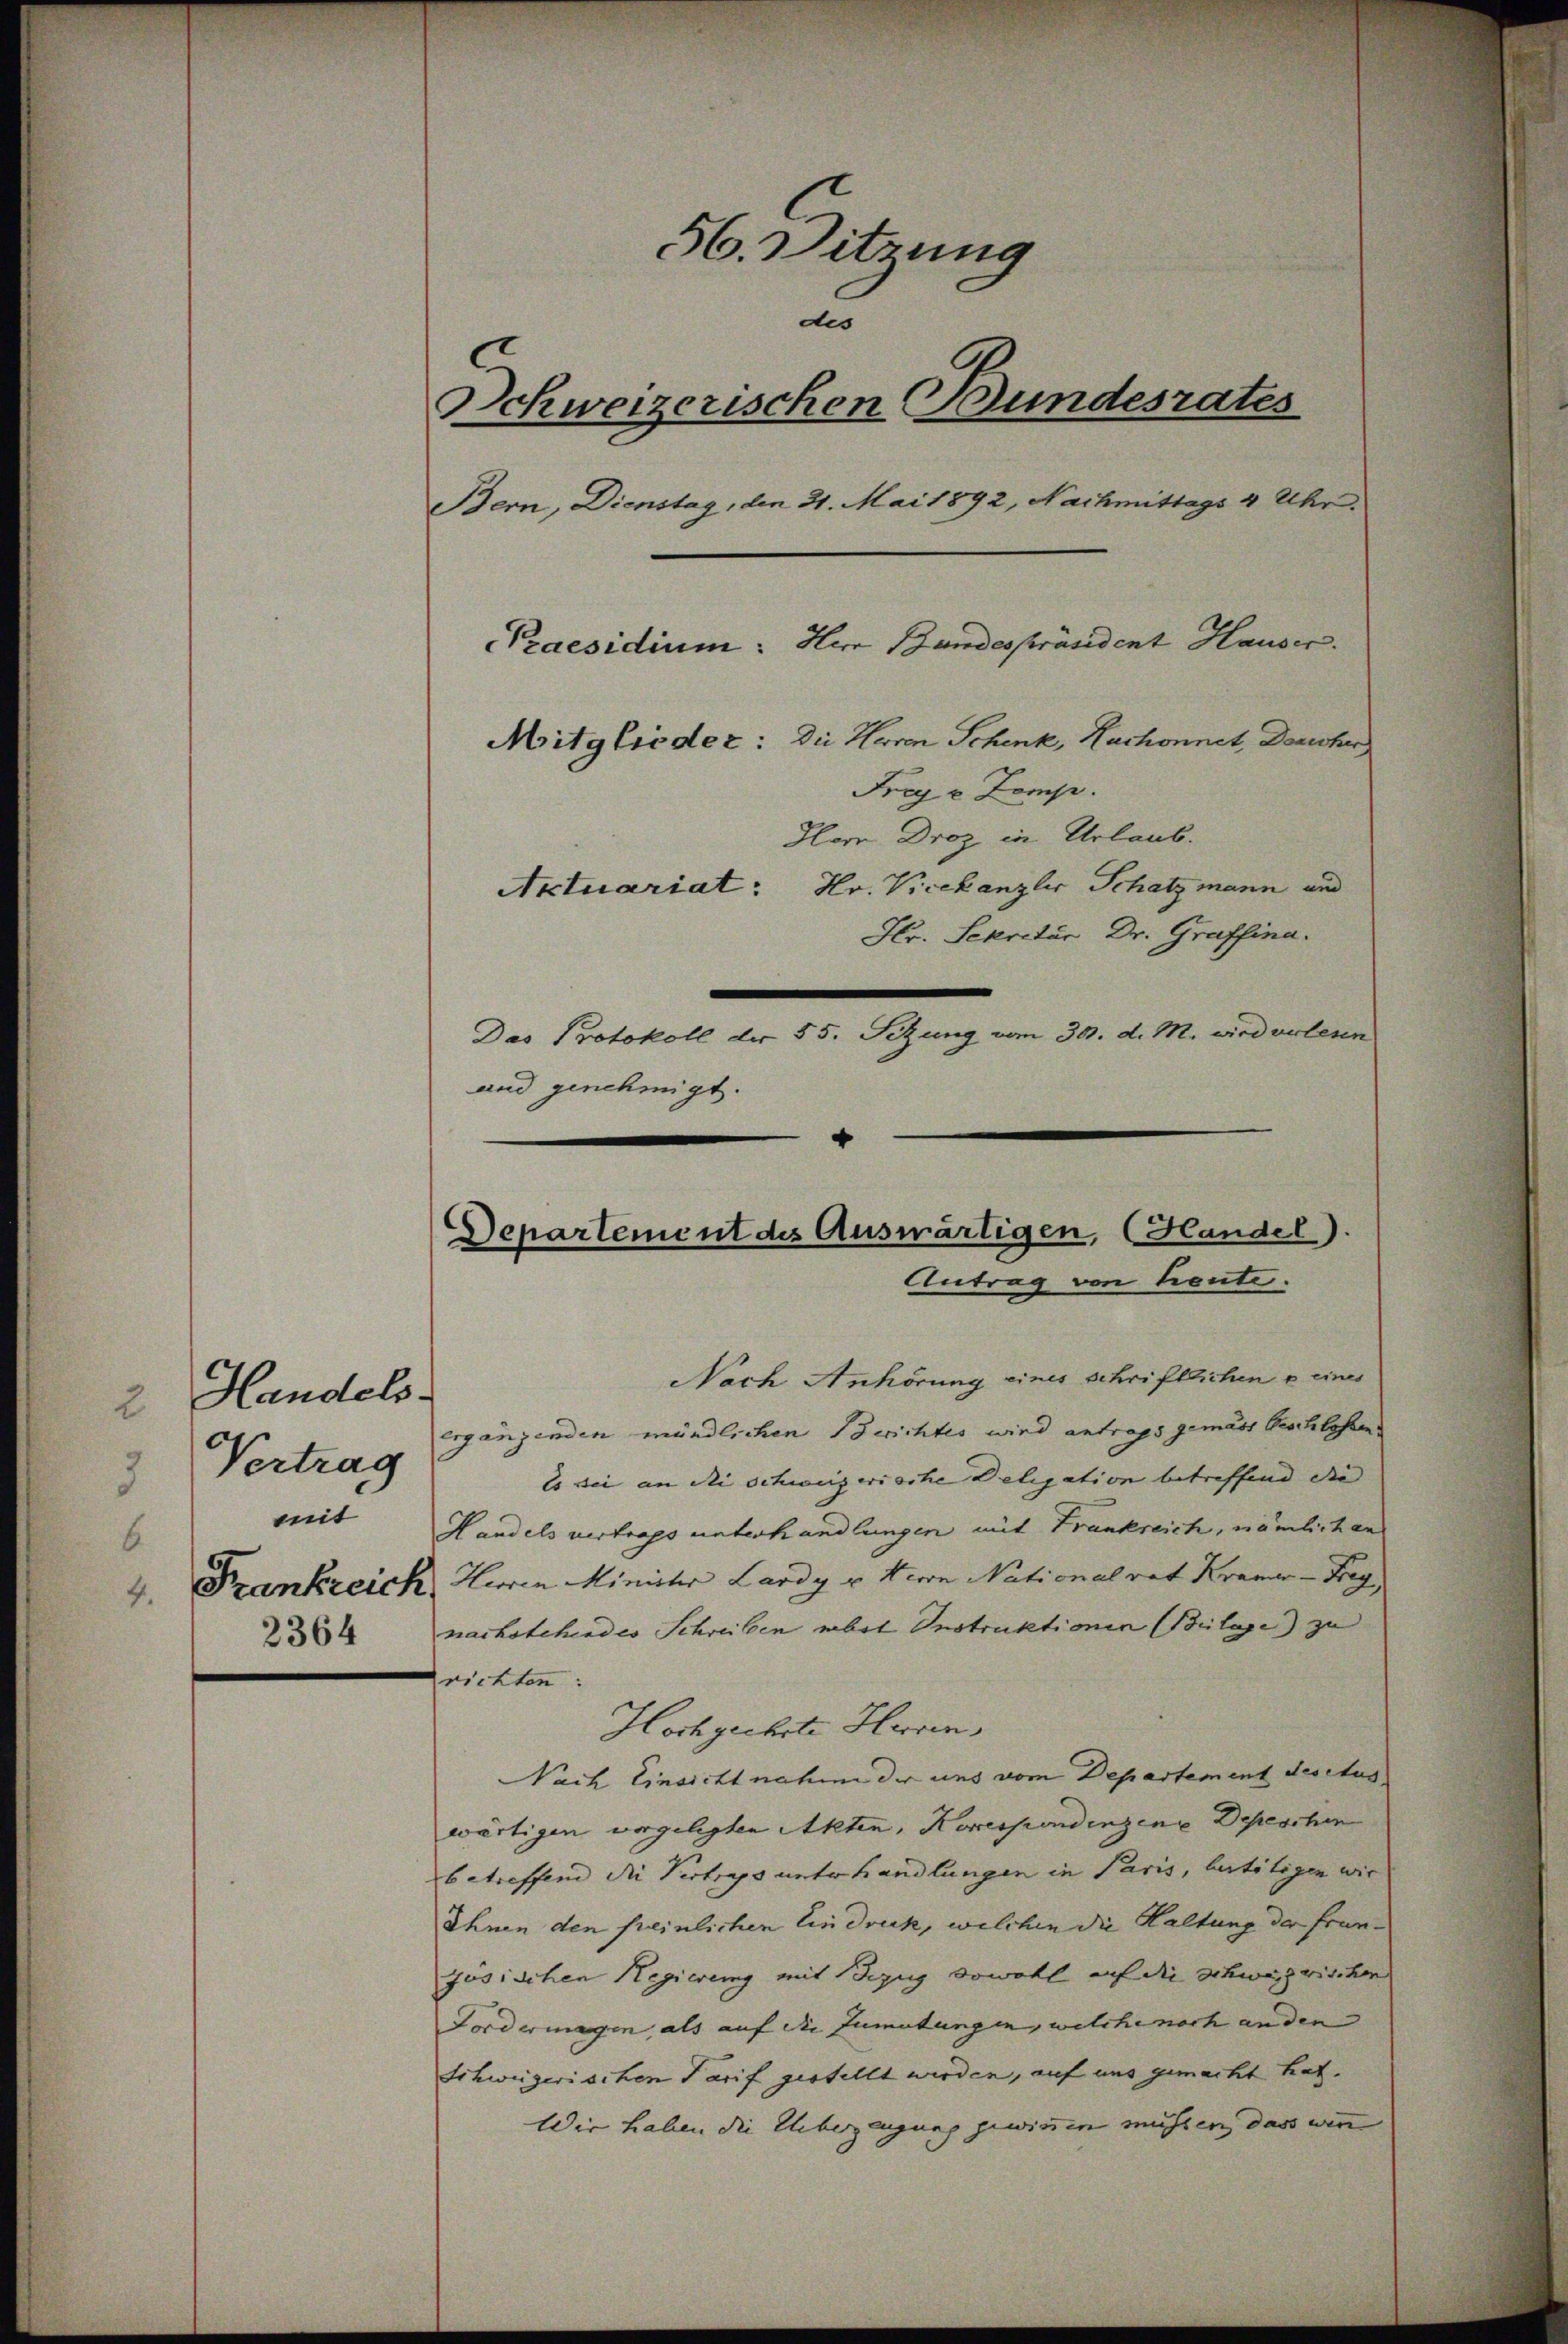
Handels-
2
Vertrag
 mit
2364

56. Sitzung
dis
Schweizerischen Bundesrates
Bern, Dienstag, den 21. Mai 1892, Nachmittags 4 Uhr.
Praesidium: Herr Bundespräsident Hauser.
Mitglieder: Die Heren Schenk, Huchonnet, Dornher
Fraj u Komp.
Herr Droz in Urlaub.
Actuariat: Hr. Vicekanzler Schatzmann und
Hr. Sekretär Dr. Graffina.
Das Protokoll der 55. Setzung vom 30. d. M. wird verlesen

und genehmigt.

4
Departement des Auswärtigen, Handel).

Antrag von heute.
Nach Anhörung eines schriftlichen u eines
Ergänzenden mündlichen wichtes wird antrags gemäss beschlosen
Es sei an die schweizerische Deligation betreffend die |
Handels vertrags unterhandlungen mit Frankreich, nämlichen
4. Frankreich, Herrn Minister Lardy u. Herrn Nationalrat Kramer - Frag
nachstehendes Schreiben mit Instruktionen Beilage zu
frichten:
Hochgeehrte Herren
Nach Einsicht nahme der uns vom Departement desctus
wärtigen vorgelegten Akten, Korrespondingene Depeschen
betreffend die Vertrags unterhandlungen in Paris, betitigen wir
Ihnen den freinlichen Eindruck, welchen die Haltung der fran-
jösischen Regierung mit Bezug sowohl auf die Schwazwischen
Fordermagen, als auf die Zumutungen, welche noch an den |
Schweizerischen Tarif gestellt werden, auf uns gemacht hat.
Wir haben die Ueberzeugung gewinnen müssen, das wie